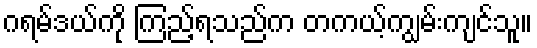
ဂရမ်ဒယ်ကို ကြည့်ရသည်က တကယ့်ကျွမ်းကျင်သူ။